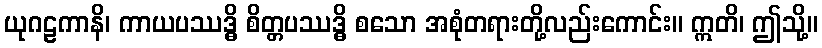
ယုဂဠကာနိ၊ ကာယပဿဒ္ဓိ စိတ္တပဿဒ္ဓိ စသော အစုံတရားတို့လည်းကောင်း။ ဣတိ၊ ဤသို့။